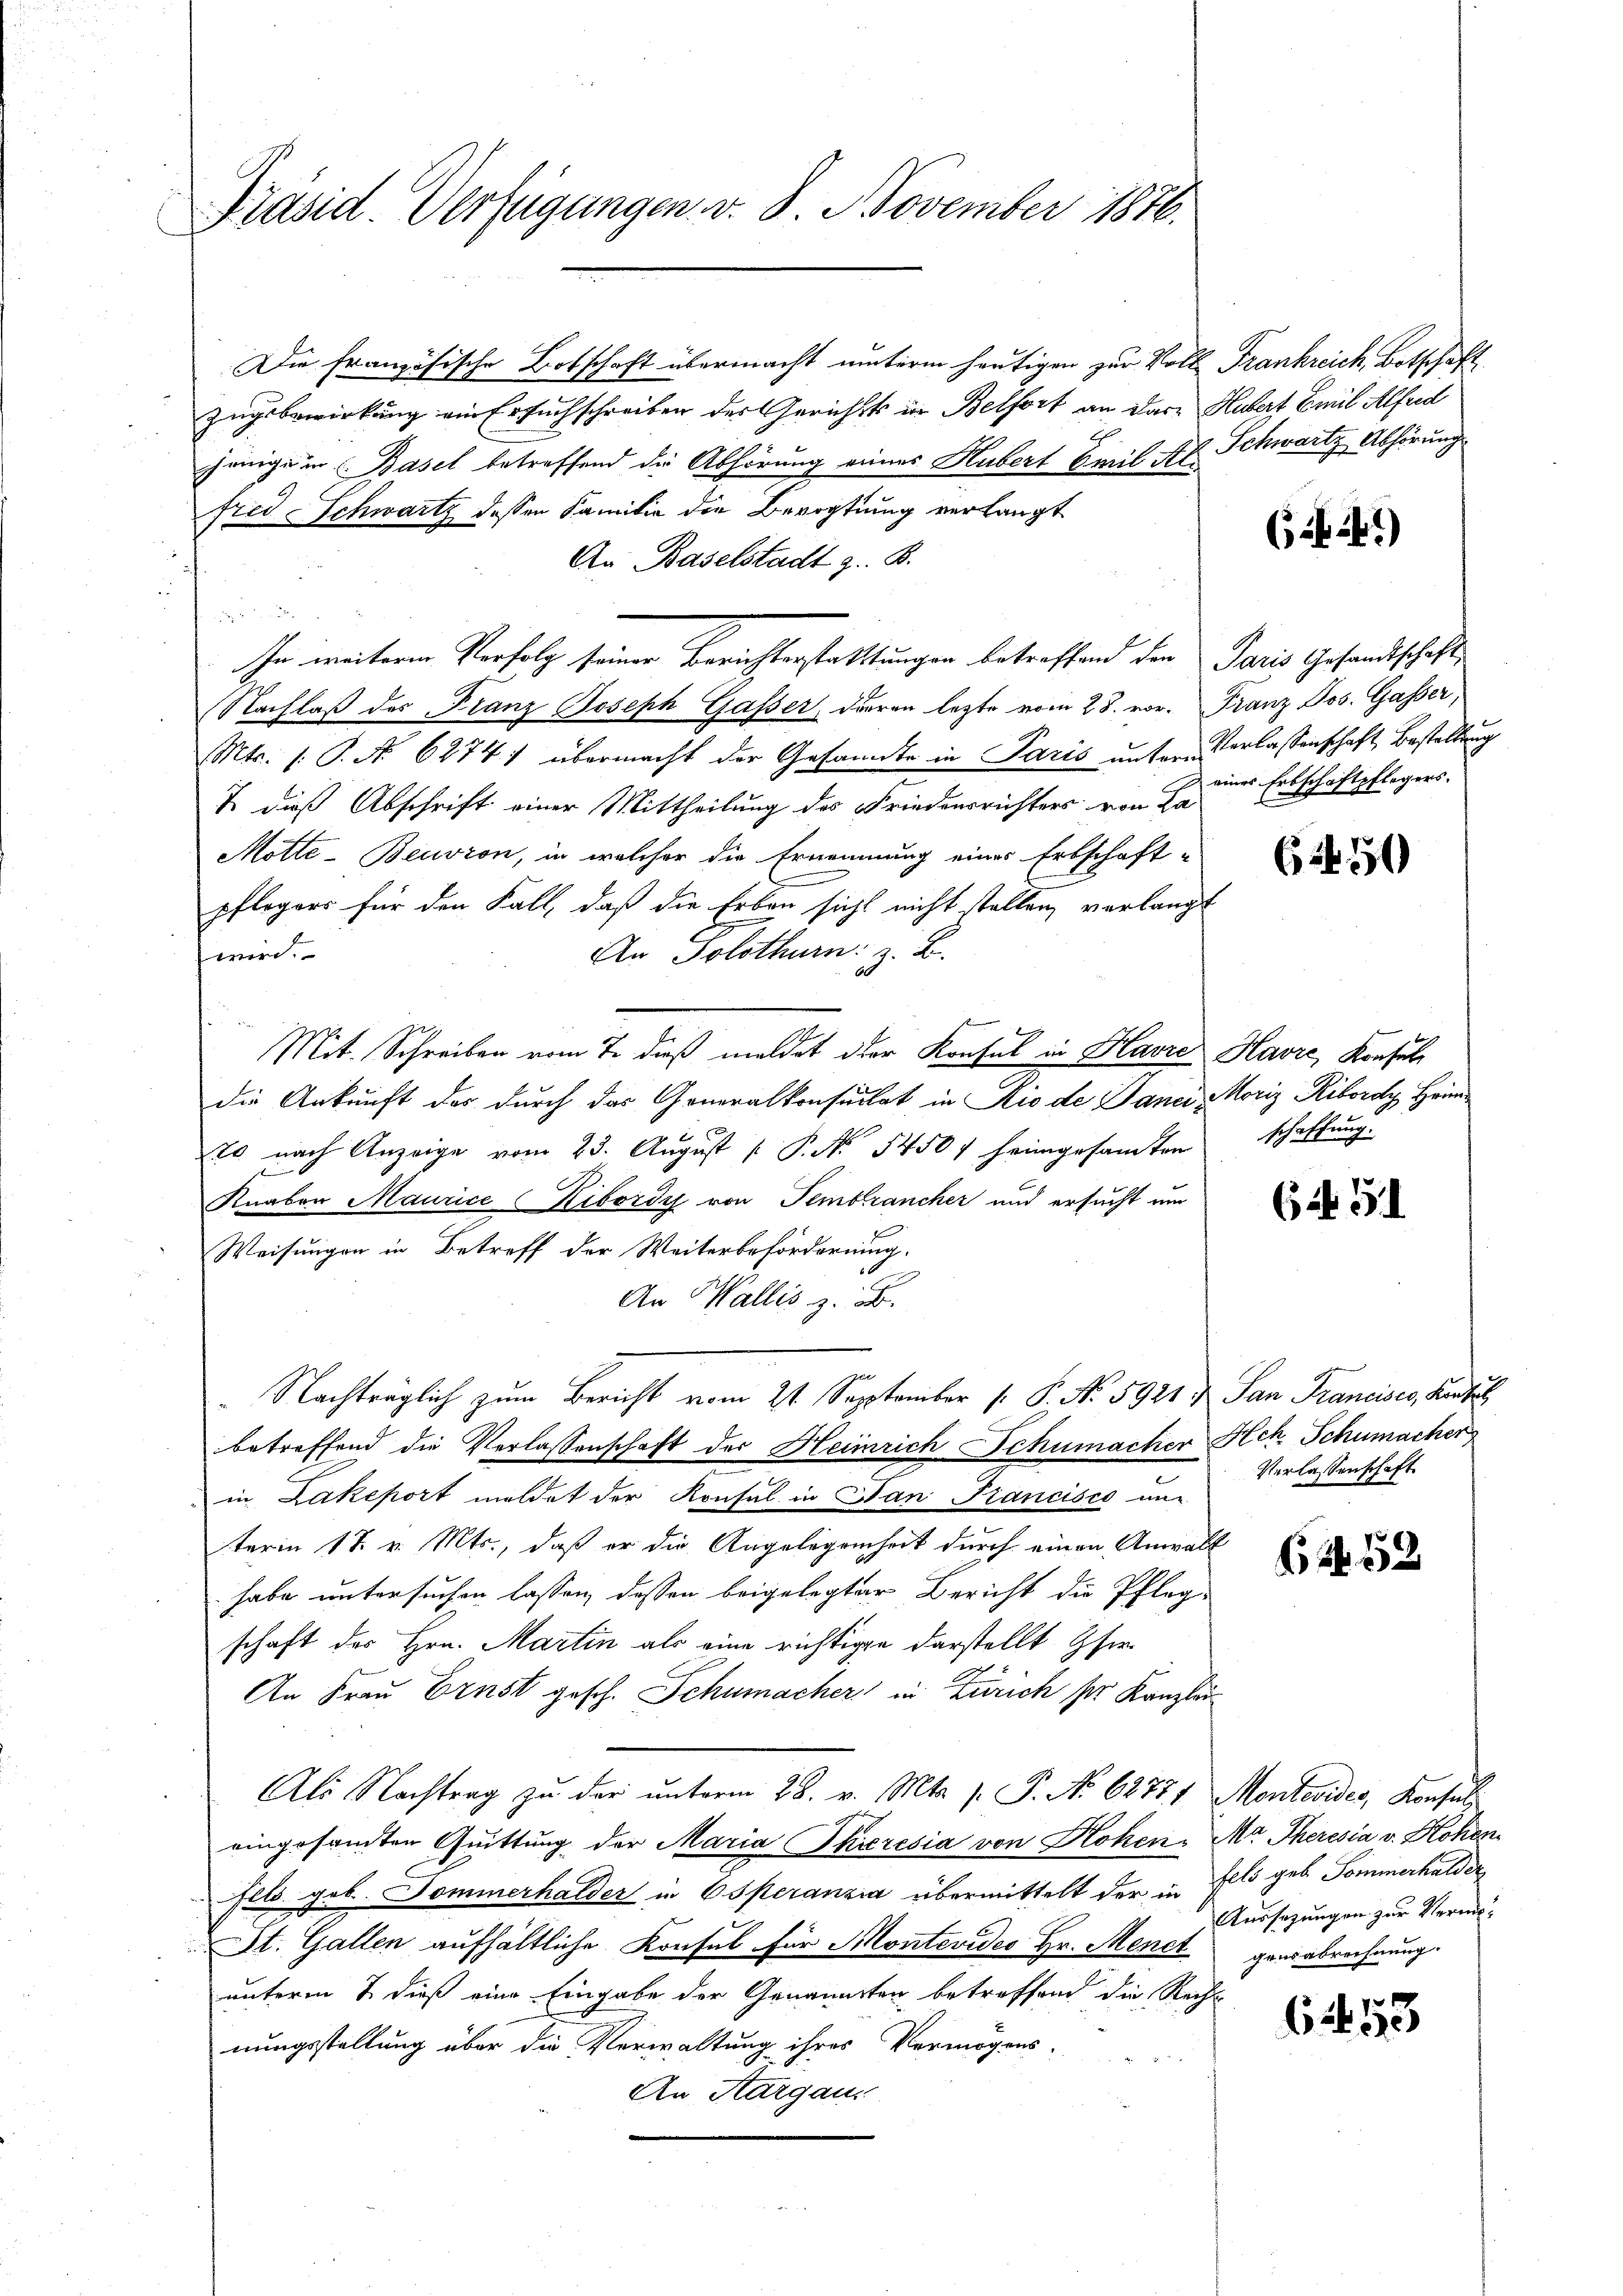
Präsid. Verfügungen v. 8. November 1876.

Die französische Botschaft übermacht unterm heutigen zur Voll Frankreich, Botschaft
zugsbewirkung ein Ersuchschreiben des Gerichts in Belfort an dare Hubert Emil Alfred
jenige in Basel betreffend die Abhörung eines Hubert Emil Ab. Schwartz Abhörung
fred Schwartz dessen Familie die Bevogtung verlangt
An Baselstadt z. B.
g
In weiteren Verfolg seiner Berichterstattungen betreffend den Paris Gesandtschaft
Nachlaß des Franz Joseph Gasser, daran lezte vom 28. vor. Franz Jos. Gasser,
Mts. 1. P. No. 6274) übermacht der Gesandte in Paris untere Verlassenschaft Bestellung
7 dieß Abschrift einer Mittheilung des Friedensrichters von La
Mötte-Beuvron, in welcher die Ernennung eines Erbschaft-
pflegers für den Fall, daß die Erben sicht nicht stellen, verlangt
An Solothurn z. B.
 wird.
Mit. Schreiben vom 7. dieß meldet der Konsul in Havre Havre, Konsul
die Ankunft der durch das Generalkonsulat in Rio de Janei Moriz Ribordy, Heimx
20 nach Anzeige vom 23. August [ P. No 1450. heimgesamten schaffung.
Knaben Maurice Kibordy von Tembrancher und ersucht um
Weisungen in Betreff der Weiterbeförderung.
8.
An Wallis z. B.
l
Nachträglich zum Bericht vom 21 September 1. P. No. 5921 & San Francisco, Kantiel
betreffend die Verlassenschaft der Heinrich Schumacher Hch. Schumacher
in Lakeport meldet der Konsul in Dan Krancisco une
terin 17. v. Mts., daß er die Angelegenheit durch einen Anwalt
habe untersuchen lassen, dessen beigelegter Bericht die Pfleg-
schaft des Hrn. Martin als eine richtigen darstellt Pfer
An Frau Ernst gesch. Schumacher in Zürich ser Kanzler
Ali Nachtrag zu der unterm 28. v. Mts. s. P. No 62781 Montevides, Konsul
eingesammten Quittung der Maria Thieresia von Hohen Mr. Theresia v. Hohen
Fels geb. Dominerhalder in Operanzia übermittelt der in Ells geb. Sommerhalder
St. Gallen aufhältliche Konsul für Montevideo Hr. Menct gensabrechnung.
unterm 7. dieß eine Eingabe der Genannten betreffend die Recht
nungsstellung über die Verwaltung ihres Vermögens-
An Aargaus

(if. 241)

eines Erbschaftpflegers.

6450

6 N. 3.

Verlassenschaft

6152

Aussezungen zur Vermö¬

.
6 290